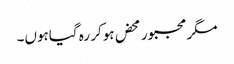
مگر مجبور محض ہوکر رہ گیاہوں۔